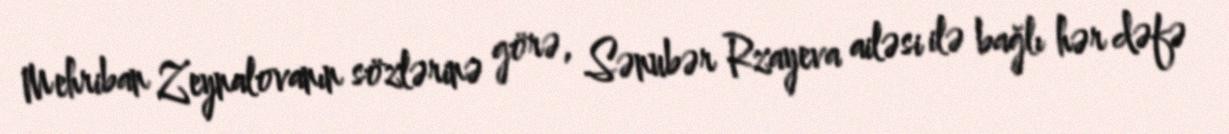
Mehriban Zeynalovanın sözlərinə görə, Sənubər Rzayeva ailəsi ilə bağlı hər dəfə